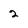
Character: 2